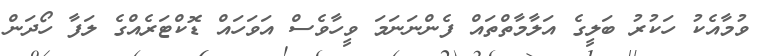
ވުމާއެކު ހަކުރު ބަލީގެ އަލާމާތްތައް ފެންނަނަމަ ވީހާވެސް އަވަހައް ޑޮކްޓަރެއްގެ ލަފާ ހޯދަން